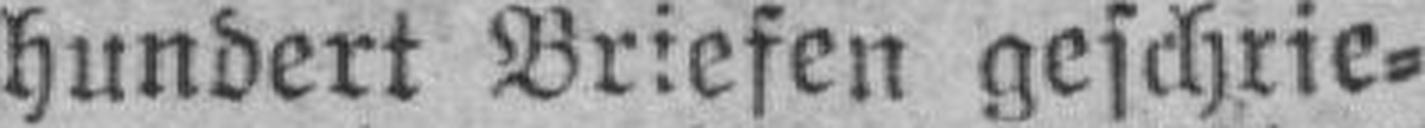
hundert Briefen geschrie¬